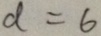
d = 6